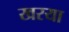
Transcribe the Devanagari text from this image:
खरया